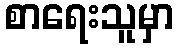
စာရေးသူမှာ